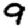
Digit: 9